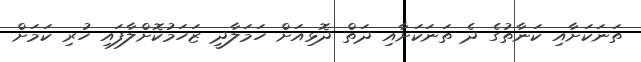
ތަނަކަށާއި ކަނާތުގެ ދެ ތަނަކަށާއި ދަތް ދޮޅިއަށް ހަމަލާދީ ޒަހަމުކޮށްލާފައި ހުރި ކަމަށް